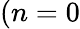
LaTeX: (n=0